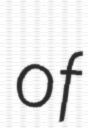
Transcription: of